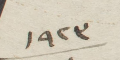
١٩٢٣